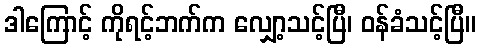
ဒါကြောင့် ကိုရင့်ဘက်က လျှော့သင့်ပြီ၊ ဝန်ခံသင့်ပြီ။